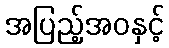
အပြည့်အဝနှင့်